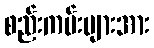
စည်းကမ်းများအား